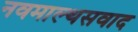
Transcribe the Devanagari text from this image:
नवमाल्थसवाद